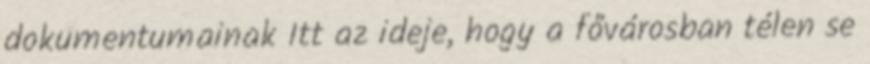
dokumentumainak Itt az ideje, hogy a fővárosban télen se